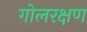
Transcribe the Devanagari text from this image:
गोलरक्षण